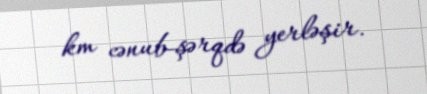
km cənub-şərqdə yerləşir.